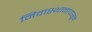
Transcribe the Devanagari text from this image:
निवास्थानापासून